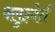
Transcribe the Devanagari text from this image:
क्लुइवेर्त